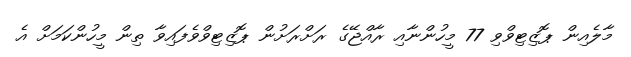
މާލެއިން ޕޮޒިޓިވްވި 77 މީހުންނާއި ރާއްޖޭގެ ރަށްރަށުން ޕޮޒިޓިވްވެފައިވާ ތިން މީހުންކަމަށް އެ